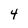
Character: 4